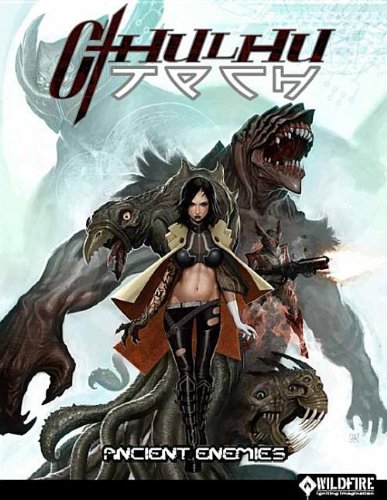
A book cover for CthulhuTech Ancient Enemies; Matthew 35au; Science Fiction & Fantasy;